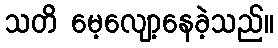
သတိ မေ့လျော့နေခဲ့သည်။